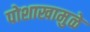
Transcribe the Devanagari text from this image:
पोशाखामुळे